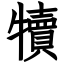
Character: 犢